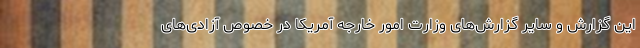
این گزارش و سایر گزارش‌های وزارت امور خارجه آمریکا در خصوص آزادی‌های